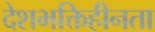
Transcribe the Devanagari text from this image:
देशभक्तिहीनता